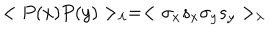
< P ( x ) P ( y ) > _ { \lambda } = < \sigma _ { x } s _ { x } \sigma _ { y } s _ { y } > _ { \lambda }